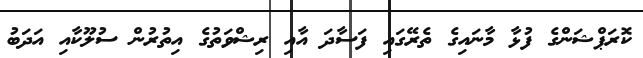
ކޮރަޕްޝަންގެ ފުޅާ މާނައިގެ ތެރޭގައި ފަސާދަ އާއި ރިޝްވަތުގެ އިތުރުން ސުލޫކާއި އަދަބު